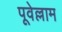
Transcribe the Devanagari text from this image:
पूवेल्लाम